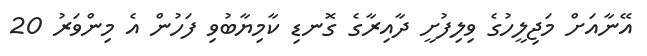
އޭނާއަށް މަޖިލީހުގެ ވިލިފުށީ ދާއިރާގެ ގޮނޑި ކާމިޔާބުވި ފަހުން އެ މިންވަރު 20